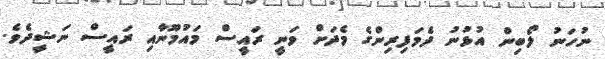
ނުހަނު ލޯބިން އުޅުނު ދެމަފިރިންގެ މެދަށް ވަނީ ރައީސް މައުމޫނާއި ރައީސް ނަޝީދެވެ.